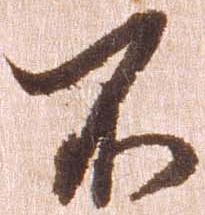
不